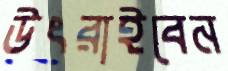
উৎরাইবেন